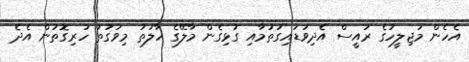
އެހެން މަޖިލީހުގެ ރައީސް އެދިވަޑައިގަތުމާއި ގުޅިގެން މާލޭގެ ހާލަތު މިވަގުތު ހުރިގޮތުން އެދެ